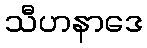
သီဟနာဒေ